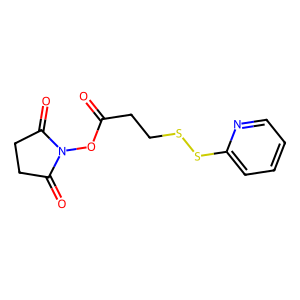
SMILES: O=C(CCSSc1ccccn1)ON1C(=O)CCC1=O
Inhibits HIV replication: No